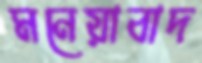
মনেয়াবাদ